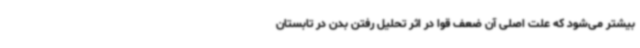
بیشتر می‌شود که علت اصلی آن ضعف قوا در اثر تحلیل رفتن بدن در تابستان